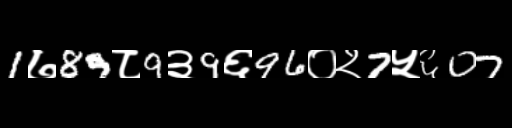
Text: 1७89८9३9६96०२7५६07